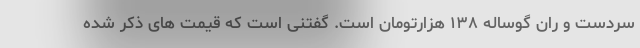
سردست و ران گوساله ۱۳۸ هزارتومان است. گفتنی است که قیمت های ذکر شده